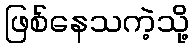
ဖြစ်နေသကဲ့သို့